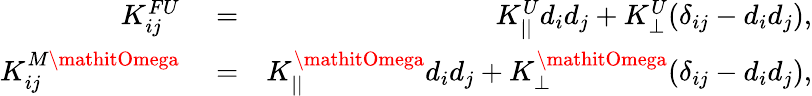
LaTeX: \begin{array}{rlr}{K_{ij}^{FU}}&{{}=}&{K_{||}^{U}d_{i}d_{j}+K_{\perp}^{U}(\delta_{ij}-d_{i}d_{j}),}\\ {K_{ij}^{M\mathitOmega}}&{{}=}&{K_{||}^{\mathitOmega}d_{i}d_{j}+K_{\perp}^{\mathitOmega}(\delta_{ij}-d_{i}d_{j}),}\end{array}